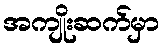
အကျိုးဆက်မှာ